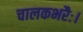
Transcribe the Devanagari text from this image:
चालकभरैः।